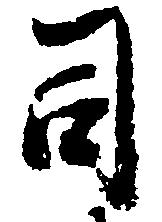
司